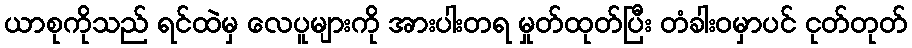
ယာစုကိုသည် ရင်ထဲမှ လေပူများကို အားပါးတရ မှုတ်ထုတ်ပြီး တံခါးဝမှာပင် ငုတ်တုတ်